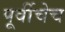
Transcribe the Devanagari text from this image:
पूर्वीचेच